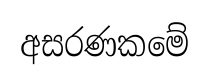
අසරණකමේ